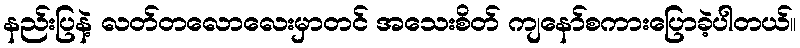
နည်းပြနဲ့ လတ်တလောလေးမှာတင် အသေးစိတ် ကျနော်စကားပြောခဲ့ပါတယ်။